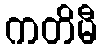
ကတိမီ